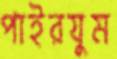
পাইরযুম